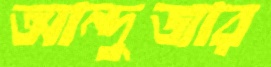
আন্দুজার